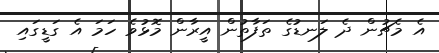
އެ މެޗުން ދެ ލަނޑުގެ ތަފާތުން އީރާން މޮޅުވެ ހަމަ އެ ގަޑީގައި